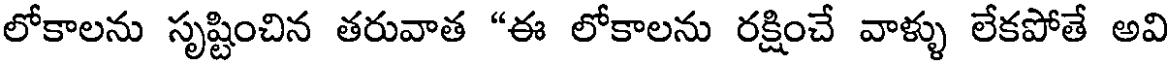
లోకాలను సృష్టించిన తరువాత "ఈ లోకాలను రక్షించే వాళ్ళు లేకపోతే అవి